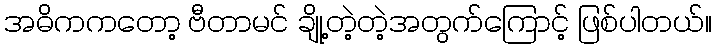
အဓိကကတော့ ဗီတာမင် ချို့တဲ့တဲ့အတွက်ကြောင့် ဖြစ်ပါတယ်။